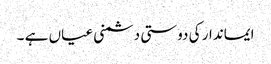
ایماندار کی دوستی دشمنی عیاں ہے ۔